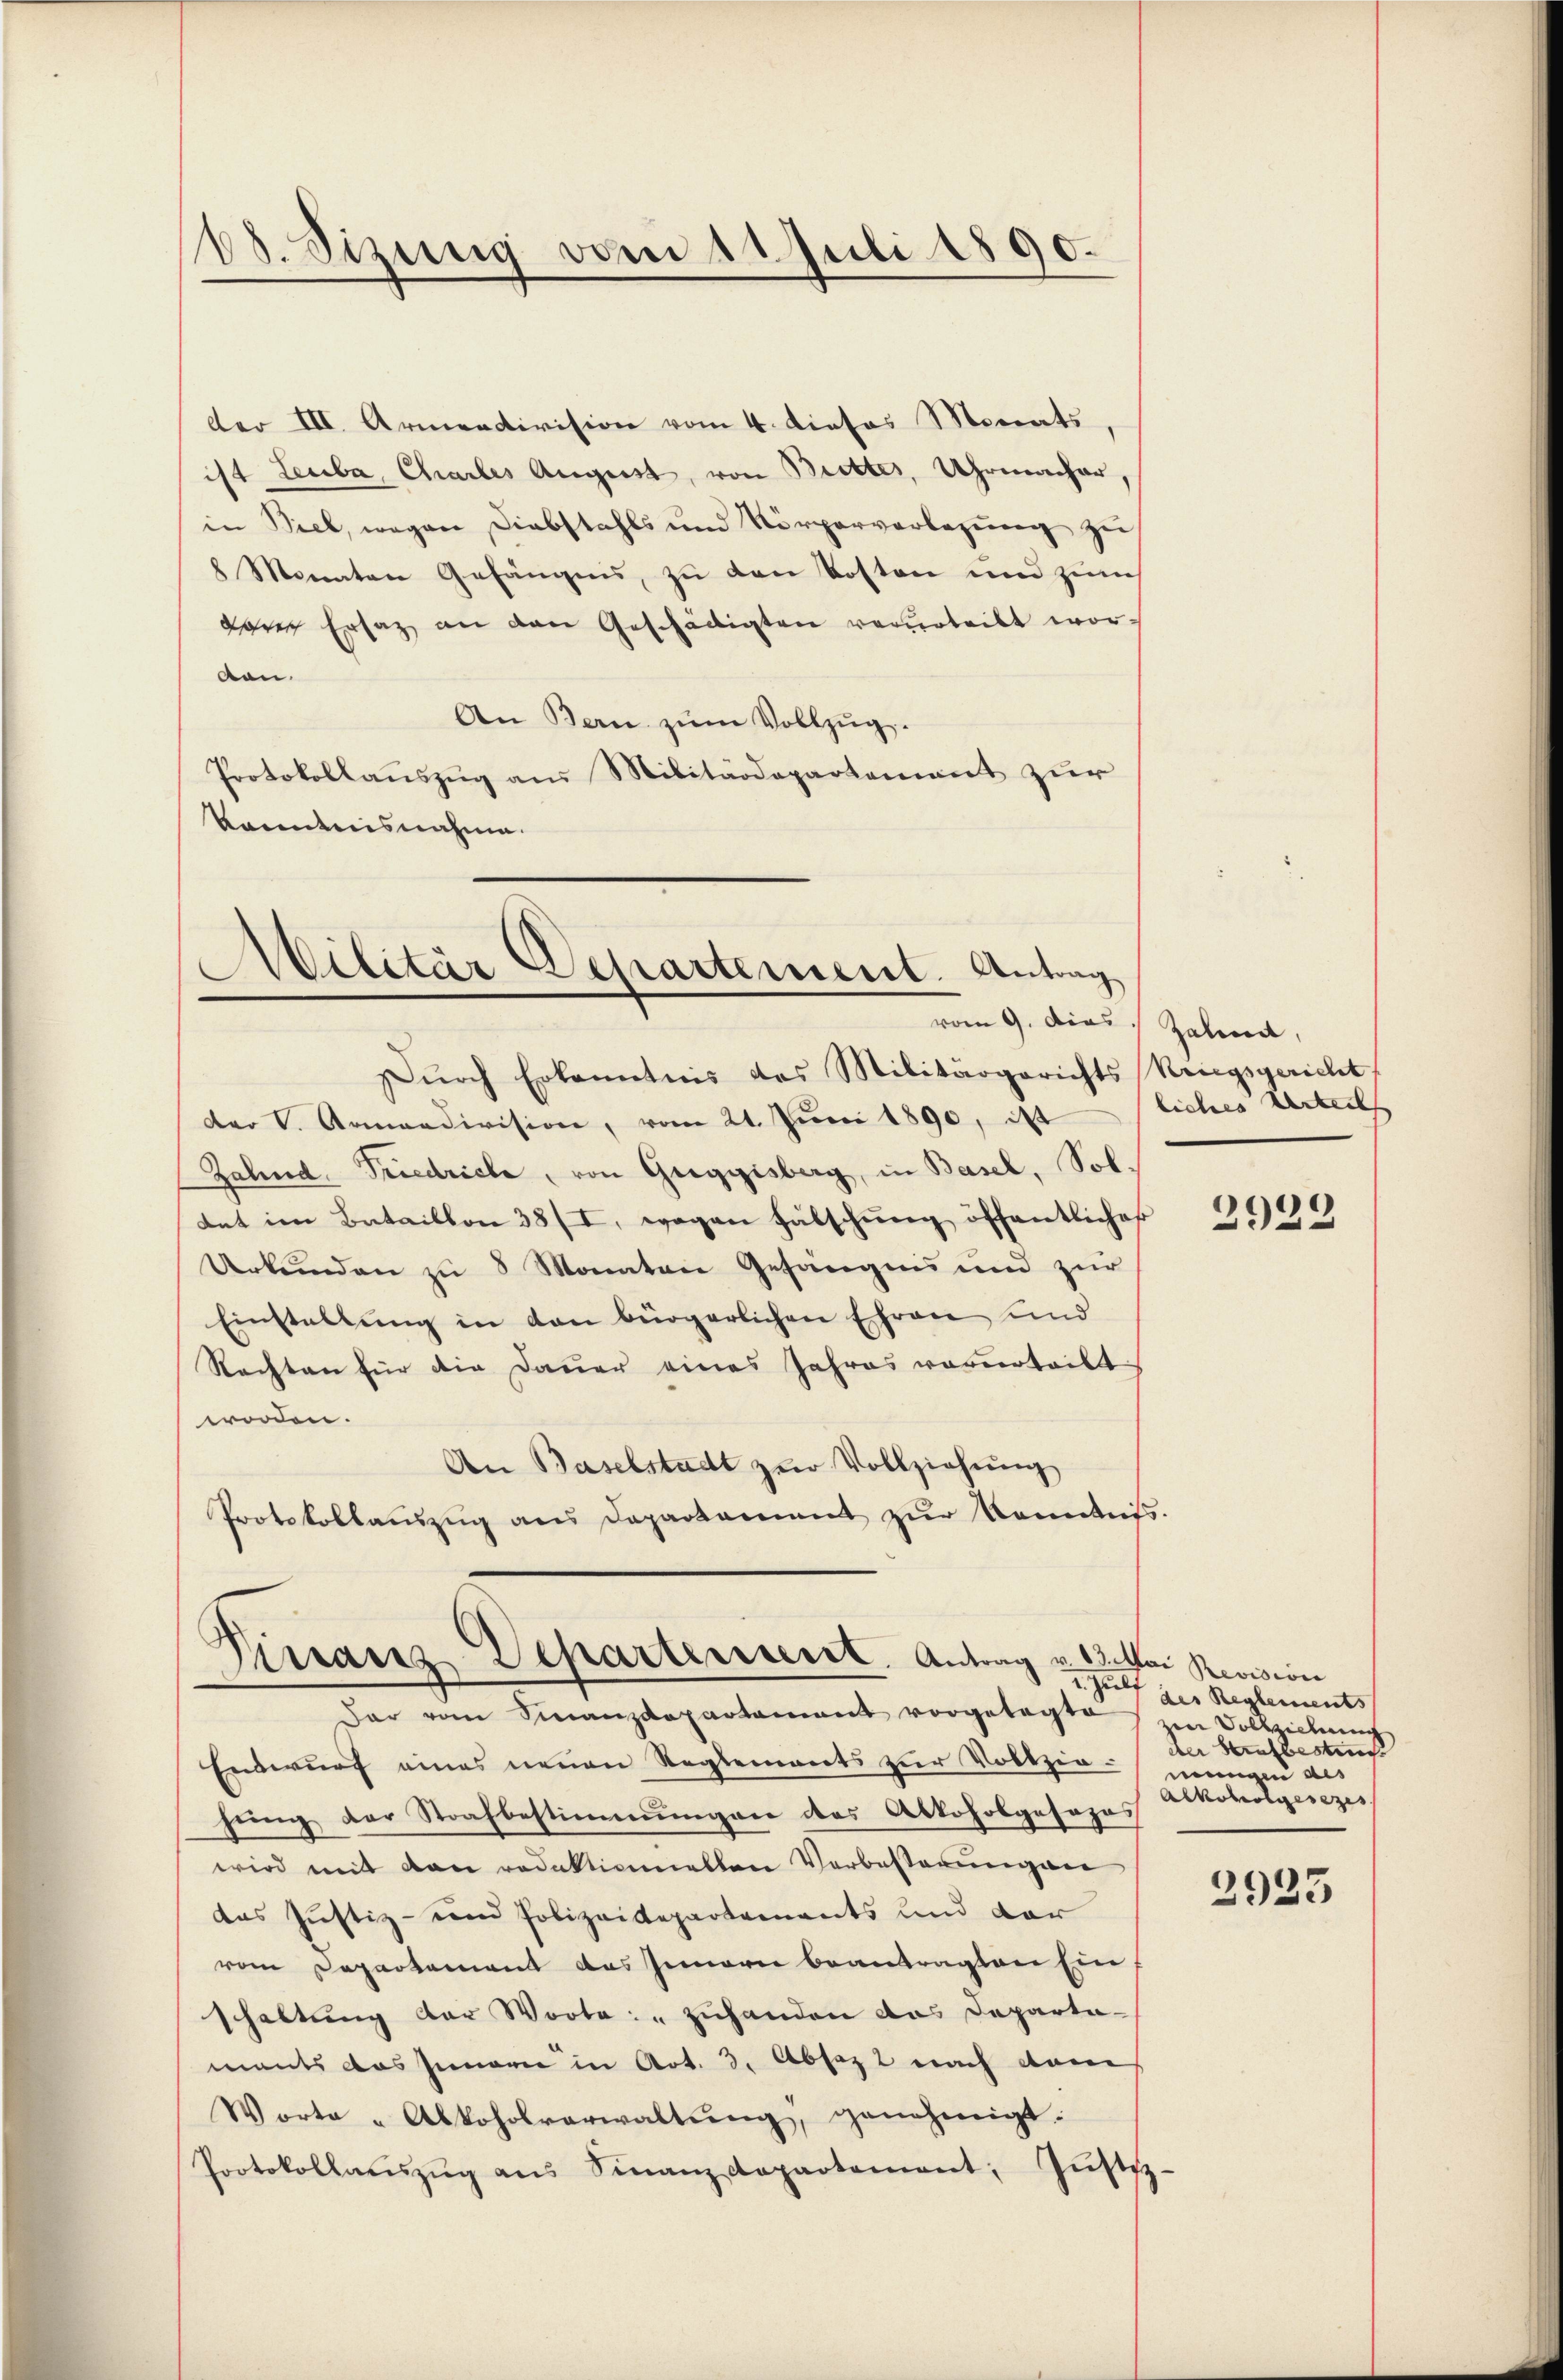
68. Sizung vom 11. Juli 1890.

der III. Armendivision vom 4. dieses Monats,
ist Leuba, Charles August, von Butter, Uhrmacher,
in Biel, wegen Diebstahls und Körperverlegung zu
8 Monaten Gefängnis, zu den Kosten und zum
dare Ersatz an den Geschädigten verurteilt worvon.
An Bern zŭm Vollzŭg.
Protokollaŭszŭg ans Militärdepartement zur
kanntnisnahme.

Militär Departement. Antrag
vom 9. dies Zahn,

Finanz Departenseret. Antrag v. 13. Mai Revision
I. Zulf
dar vom Finanzdepartament vorgetagte in Vollziehung

Dŭrch Erkanntnis das Militärgerichts Kriegsgericht
der V. Armandivision, vom 21. Juni 1890, das
Zahnd Friedriche, von Guggisberg, in Basel, Soltat im Bataillon 38/I, wegen Fälschung öffentlicher
Urkunden zu 8 Monaten Gefängnis und zur
Einstellŭng in den bürgerlichen Ehren und
Rechten für die Dauer eines Jahres vorurteilt
worden.
An Baselstadt zŭr Vollziehung
Protokollaŭszŭg ans Departament zŭr Kenntnis.

liches Urteils

Entwurf eines neuen Reglements zur Vollzie-
hung der Strafbestimmungen des Alkoholposozos
wird mit den redaktionellen Verbesserungen
das Justiz- und Polizeidepartements und der
vom Departement das Innern beantragten Ein
schaltung der Worte: „Zuhanden das Departa-
mants das Innern in Art. 3. Absaz 2 nach dam
Worte - Alkoholverwaltŭng, genehmigt.
Protokollaŭszŭg aŭs Finanzdepartement; Jŭstiz-

2922

des Reglements
der Herabesten
mungen des
Alkoholgesezes

2925